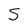
Character: S